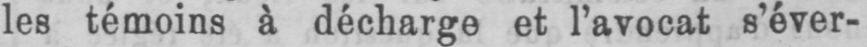
les témoins à décharge et l’avocat s’éver-